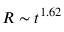
R \sim t ^ { 1 . 6 2 }